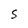
Character: S